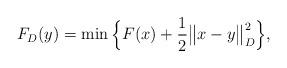
LaTeX: \begin{align*}F_D(y) = \min \Big\{ F(x) + \frac{1}{2}\big\|x-y\big\|^2_D \Big\},\end{align*}